Civil Veterinary Dept. North-West Frontier Province 1933-46 - 1933-1946
Year: 1933
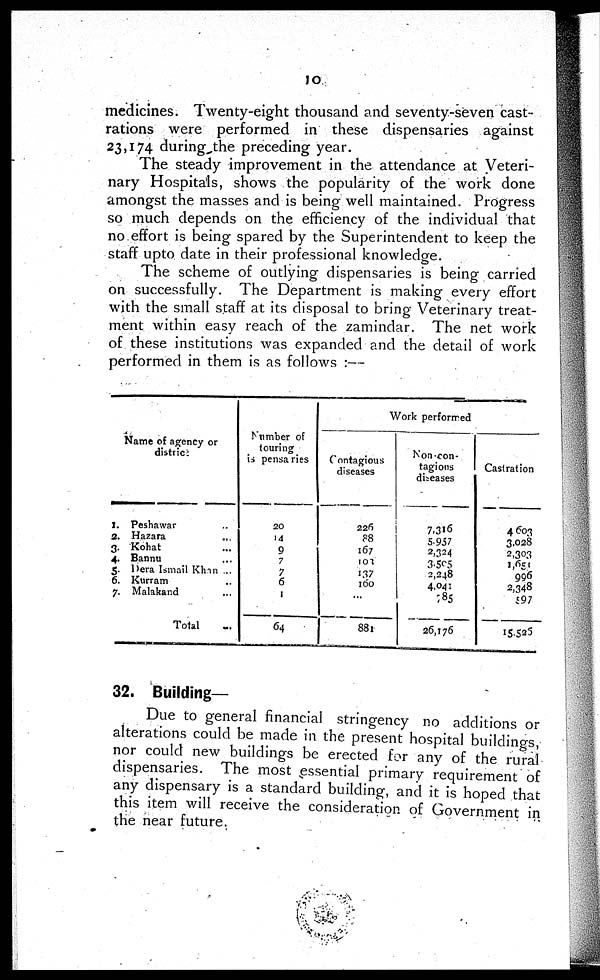
10
medicines. Twenty-eight thousand and seventy-seven cast-
rations were performed in these dispensaries against
23,174 during the preceding year.
The steady improvement in the attendance at Veteri-
nary Hospitals, shows the popularity of the work done
amongst the masses and is being well maintained. Progress
so much depends on the efficiency of the individual that
no effort is being spared by the Superintendent to keep the
staff upto date in their professional knowledge.
The scheme of outlying dispensaries is being carried
on successfully. The Department is making every effort
with the small staff at its disposal to bring Veterinary treat-
ment within easy reach of the zamindar. The net work
of these institutions was expanded and the detail of work
performed in them is as follows :—
Name of agency or
distric
1. Peshawar ...
2. Hazara ...
3. Kohat ...
4. Bannu ...
5. Dera Ismail Khan ...
6. Kurram
7. Malakand ...
Total ...
Number of
touring
is pensaries
20
14
9
7
7
6
1
64
Work performed
Contagious
diseases
226
88
167
103
137
160
...
881
Non-con-
tagions
diseases
7.316
5.957
2,324
3.505
2,248
4,041
785
26,176
Castration
4603
3,028
2,303
1,651
996
2,348
597
15.525
32. Building-
Due to general financial stringency no additions or
alterations could be made in the present hospital buildings,
nor could new buildings be erected for any of the rural
dispensaries. The most essential primary requirement of
any dispensary is a standard building, and it is hoped that
this item will receive the consideration of Government in
the near future.